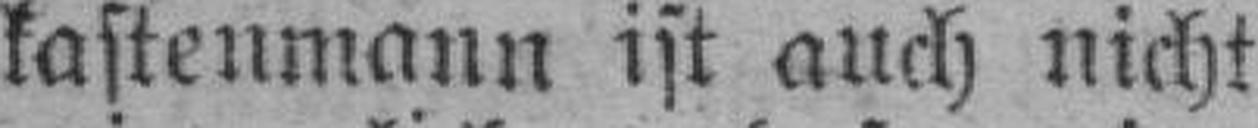
kastenmann ist auch nicht